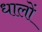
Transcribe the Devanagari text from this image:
धालों